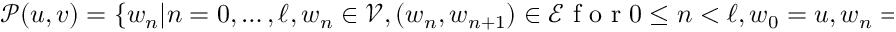
\mathcal { P } ( u , v ) = \{ w _ { n } | n = 0 , \ldots , \ell , w _ { n } \in \mathcal { V } , ( w _ { n } , w _ { n + 1 } ) \in \mathcal { E } \mathrm { ~ f ~ o ~ r ~ } 0 \leq n < \ell , w _ { 0 } = u , w _ { n } = v \} \, .